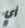
أي